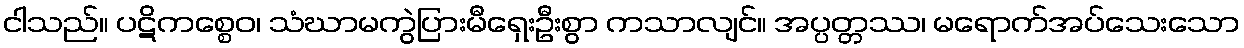
ငါသည်။ ပဋိကစ္စေဝ၊ သံဃာမကွဲပြားမီရှေးဦးစွာ ကသာလျင်။ အပ္ပတ္တဿ၊ မရောက်အပ်သေးသော